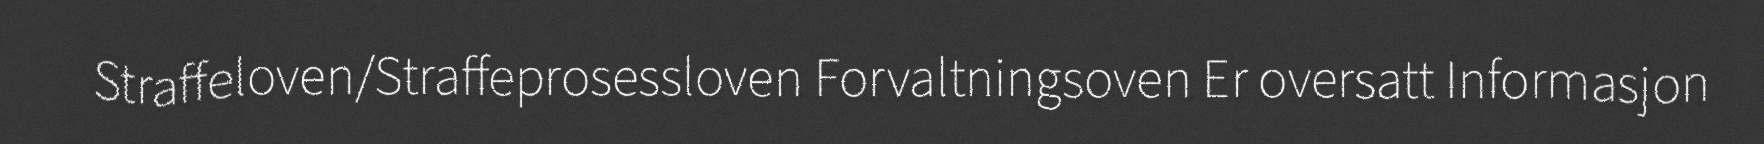
Straffeloven/Straffeprosessloven Forvaltningsoven Er oversatt Informasjon